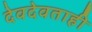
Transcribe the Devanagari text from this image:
देवदेवताही